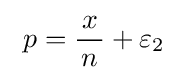
\ p={\frac {\!\ x\!\ }{n}}+\varepsilon _{2}\